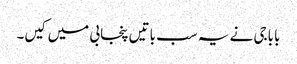
باباجی نے یہ سب باتیں پنجابی میں کیں۔